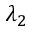
\lambda _ { 2 }